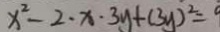
x ^ { 2 } - 2 \cdot x \cdot 3 y + ( 3 y ) ^ { 2 } = 9